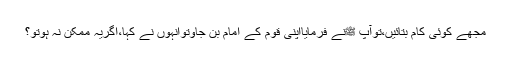
مجھے کوئی کام بتائیں،توآپ ﷺنے فرمایااپنی قوم کے امام بن جاؤتوانہوں نے کہا،اگریہ ممکن نہ ہوتو؟